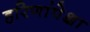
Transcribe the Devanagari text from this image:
हरिणांपेक्षा